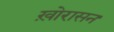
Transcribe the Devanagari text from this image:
ख़ोरासन